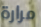
مرارة